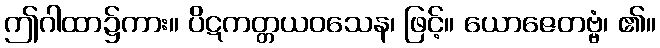
ဤဂါထာ၌ကား။ ပိဋကတ္တယဝသေန၊ ဖြင့်။ ယောဇေတဗ္ဗံ၊ ၏။